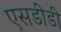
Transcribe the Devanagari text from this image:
एसडीडी